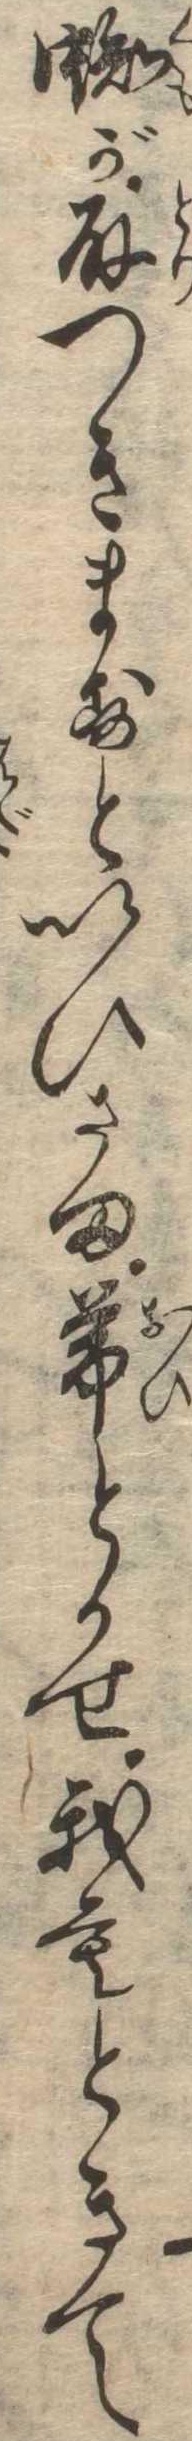
蜘が取つきますといひさま帯とかせ我もときて